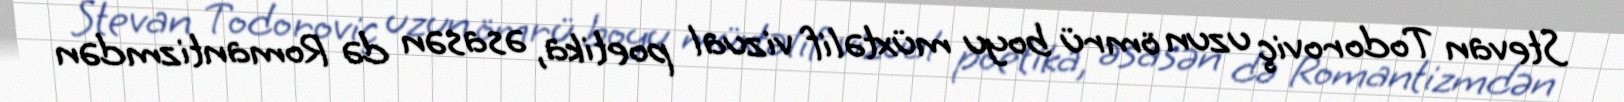
Stevan Todoroviç uzun ömrü boyu müxtəlif vizual poetika, əsasən də Romantizmdən